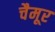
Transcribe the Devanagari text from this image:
चैमूर